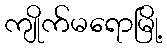
ကျိုက်မရောမြို့